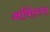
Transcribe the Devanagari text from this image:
अर्बिलचा